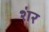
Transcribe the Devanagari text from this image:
श॑र